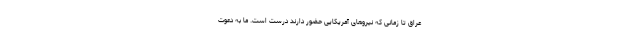
عراق تا زمانی که نیروهای آمریکایی حضور دارند درست است. ما به دعوت